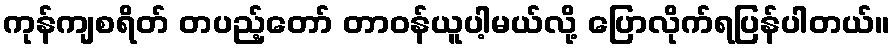
ကုန်ကျစရိတ် တပည့်တော် တာဝန်ယူပါ့မယ်လို့ ပြောလိုက်ရပြန်ပါတယ်။